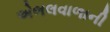
એભલવાળાની